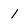
Character: 1